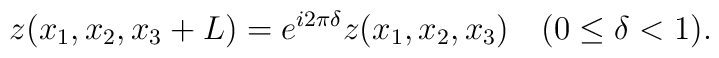
z(x_1, x_2, x_3+L)= e^{i2\pi\delta} z(x_1, x_2, x_3)~~~(0\leq \delta <1).